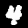
Label: 4